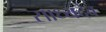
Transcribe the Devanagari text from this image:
साध्यदेव